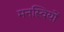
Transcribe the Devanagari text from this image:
मनस्वियों